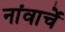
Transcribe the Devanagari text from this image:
नांवाचें